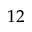
1 2